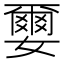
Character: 𫲅